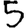
Digit: 5